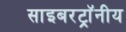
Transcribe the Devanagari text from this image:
साइबरट्राॅनीय